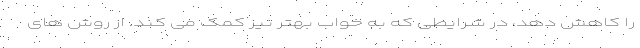
را کاهش دهد، در شرایطی که به خواب بهتر نیز کمک می کند. از روش های